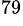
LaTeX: ^{79}